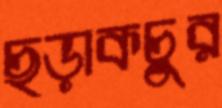
ছড়াকচুর